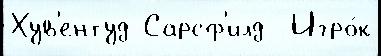
Хув'ентуд Сарсф'илд  Игро́к